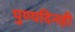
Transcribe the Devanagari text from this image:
पुण्यदिनही